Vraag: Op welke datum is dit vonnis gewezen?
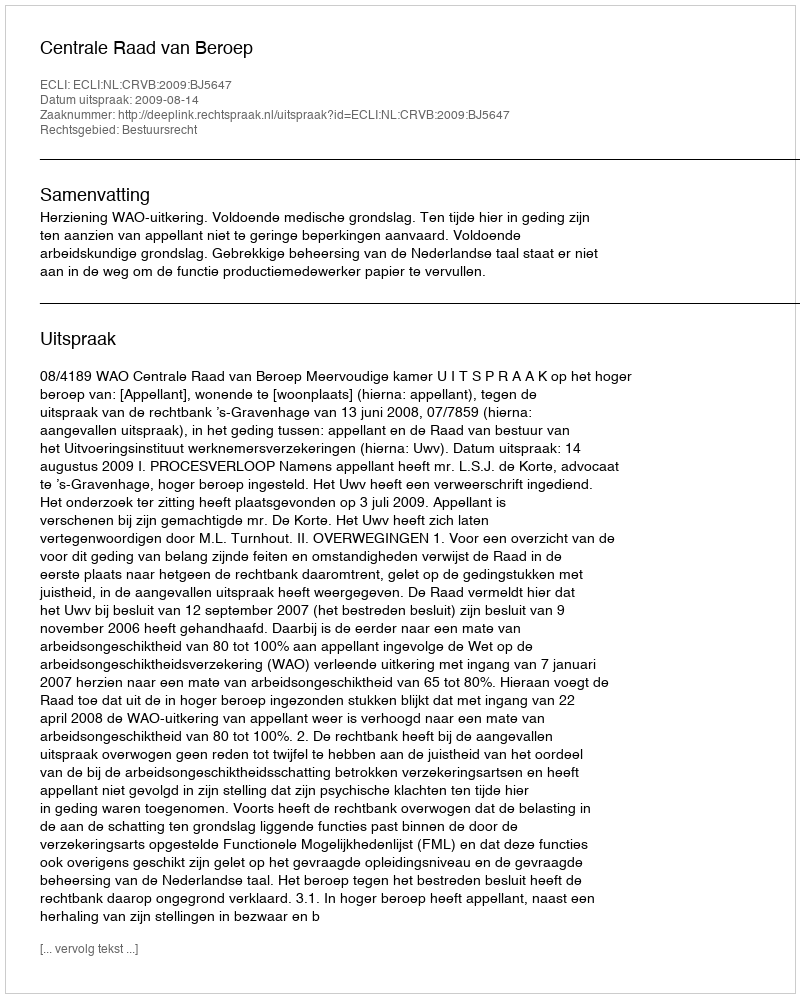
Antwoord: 2009-08-14